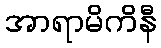
အာရာမိကိနီ